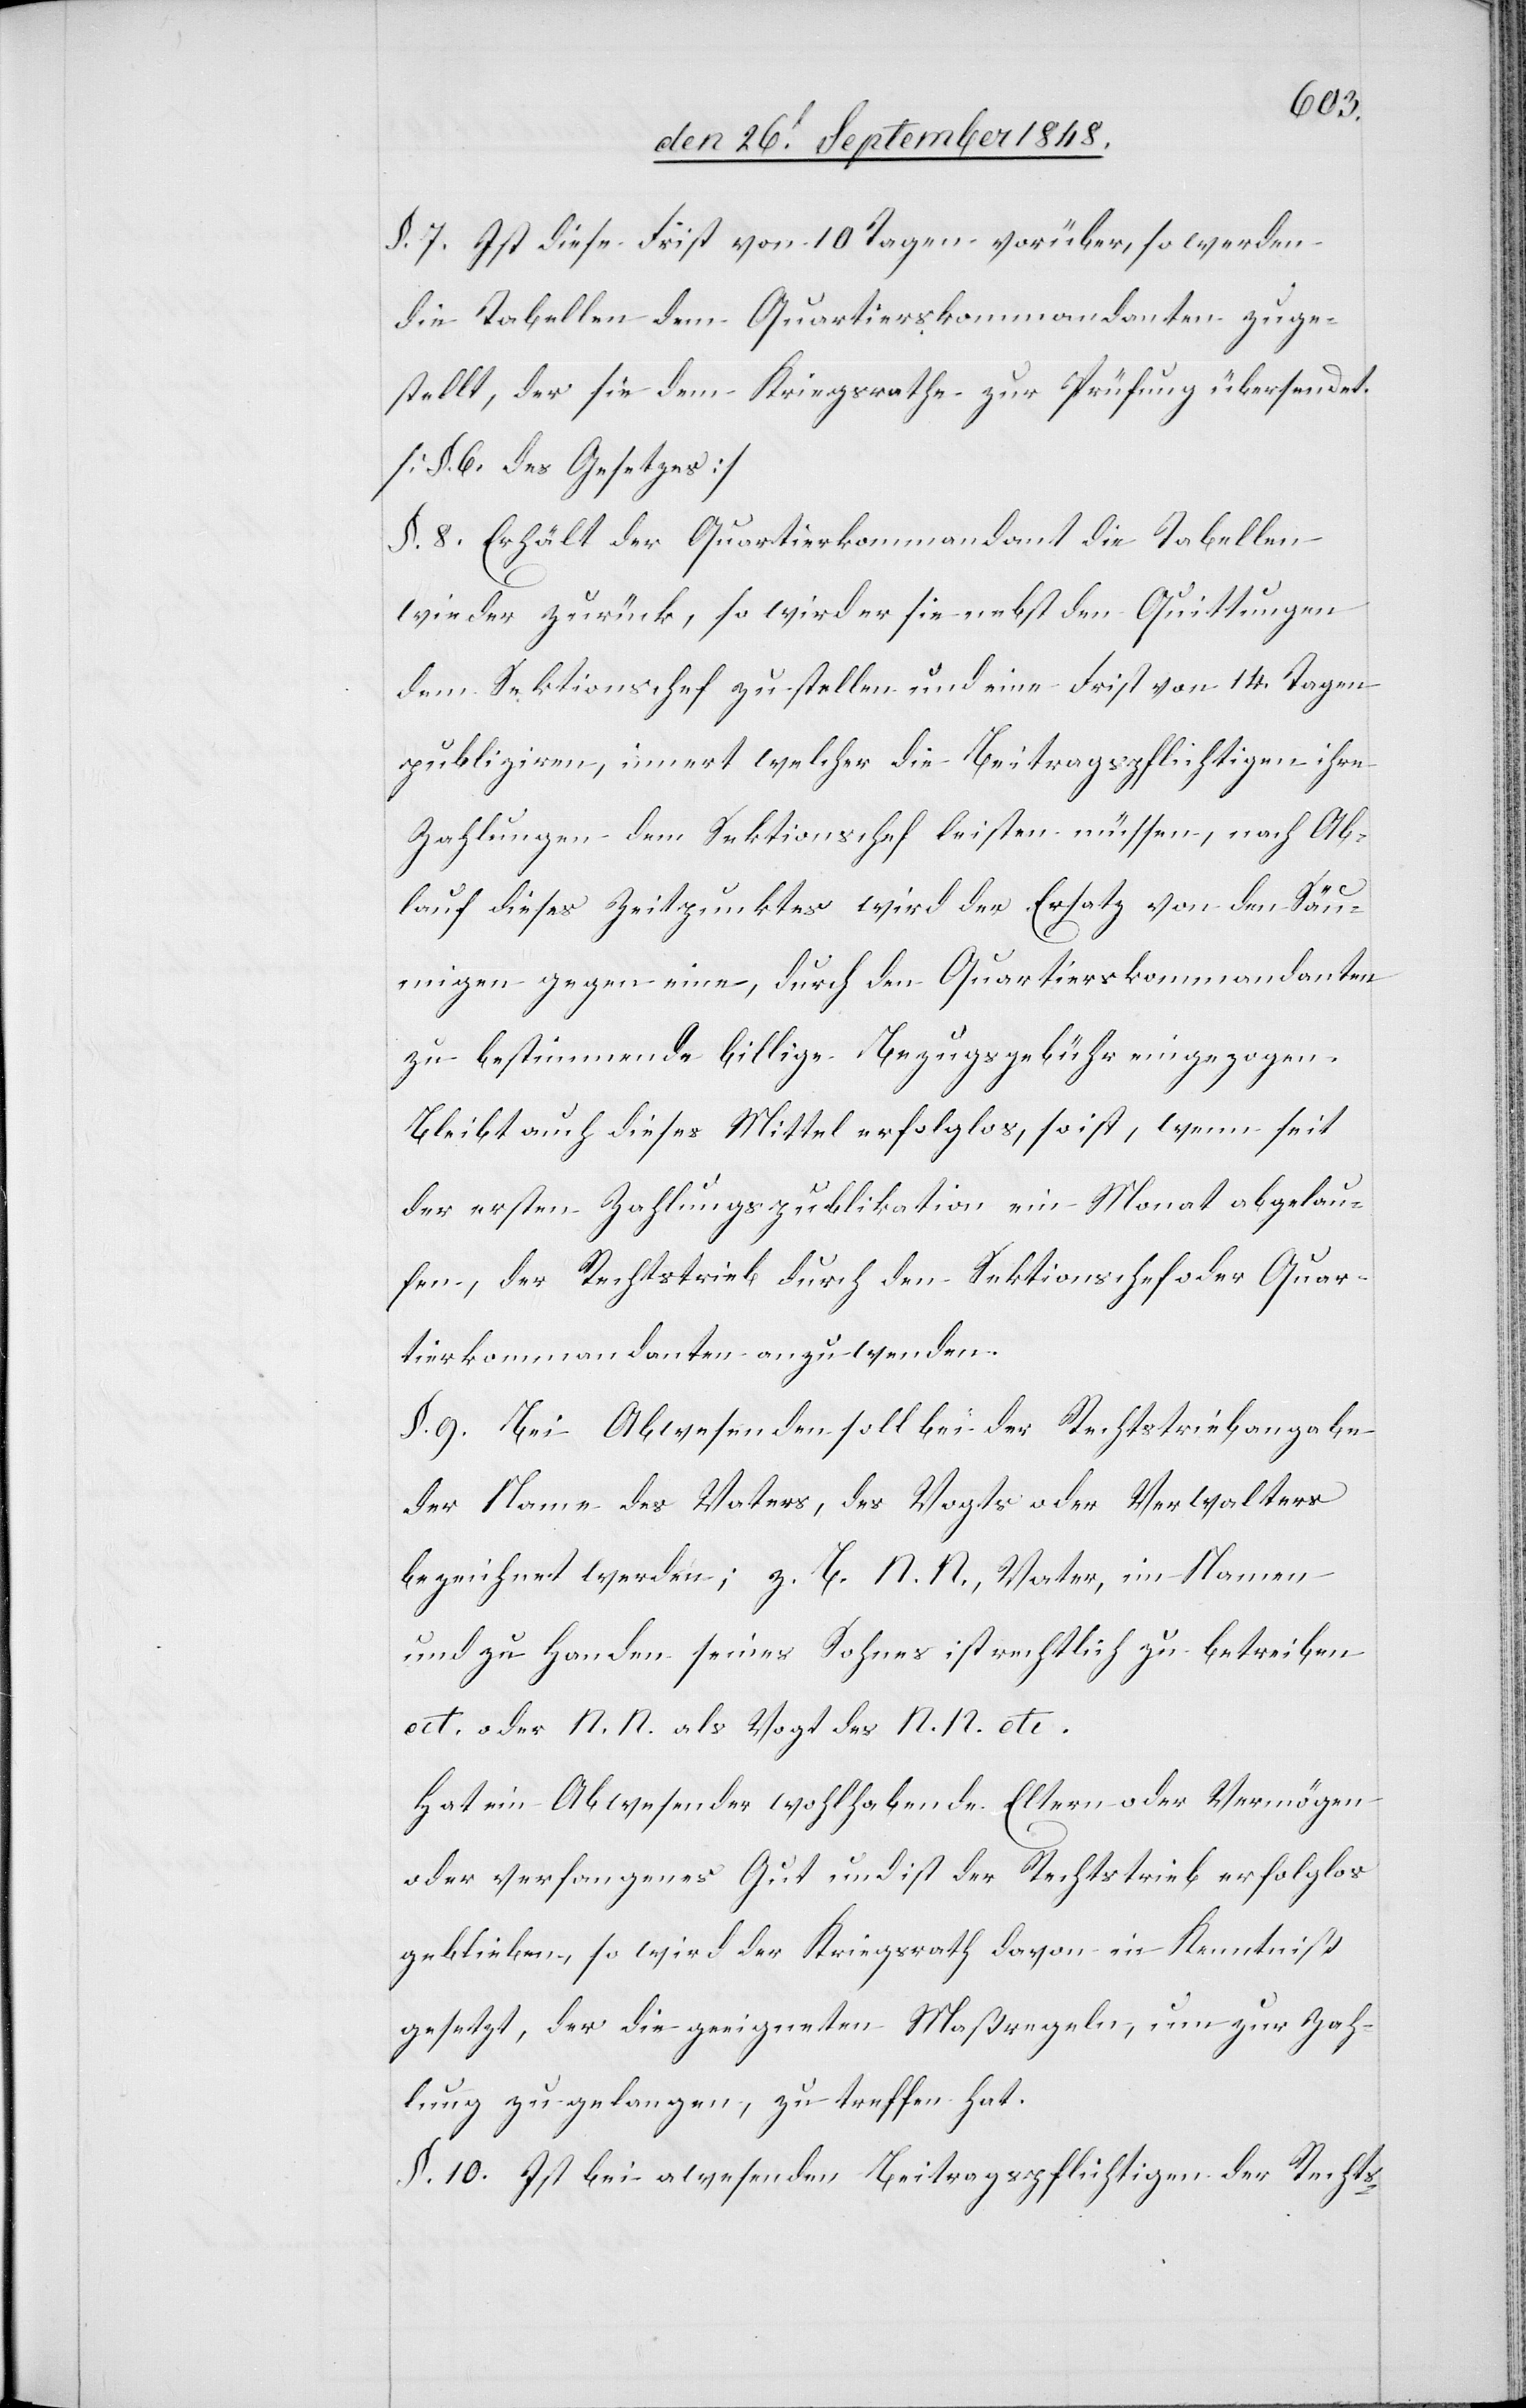
§. 7. Ist diese Frist von 10. Tagen vorüber, so werden
die Tabellen dem Quartierskommandanten zuge¬
stellt, der sie dem Kriegsrathe zur Prüfung übersendet.
[§. 6. des Gesetzes]
§. 8. Erhält der Quartierkommandant die Tabellen
wieder zurück, so wird er sie nebst den Quittungen
dem Sektionschef zustellen und eine Frist von 14 Tagen
publiziren, innert welcher die Beitragspflichtigen ihre
Zahlungen dem Sektionschef leisten müssen, nach Ab¬
lauf dieses Zeitpunktes wird der Ersatz von den Säum¬
igen gegen eine, durch den Quartierskommandanten
zu bestimmende billige Bezugsgebühr eingezogen.
Bleibt auch dieses Mittel erfolglos, so ist, wenn seit
der ersten Zahlungspublikation ein Monat abgelau¬
fen, der Rechtstrieb durch den Sektionschef oder Quar¬
tierkommandanten anzuwenden.
§. 9. Bei Abwesenheit soll bei der Rechtstriebangabe
der Name des Vaters, des Vogts oder Verwalters
bezeichnet werden; z. B. N. N., Vater, im Namen
und zu Handen seines Sohnes ist rechtlich zu betreiben
etc. oder N. N. als Vogt des N. N. etc.
Hat ein Abwesender wohlhabende Eltern oder Vermögen
oder verfangenes Gut und ist der Rechtstrieb erfolglos
geblieben, so wird der Kriegsrath davon in Kenntniß
gesetzt, der die geeigneten Maßregeln, um zur Zah¬
lung zu gelangen, zu treffen hat.
§. 10. Ist bei a[b]wesenden Beitragspflichtigen der Rechts-